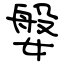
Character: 媻